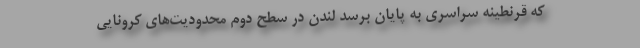
که قرنطینه سراسری به پایان برسد لندن در سطح دوم محدودیت‌های کرونایی